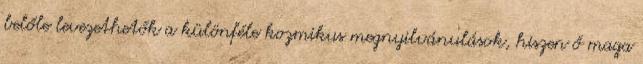
belőle levezethetők a különféle kozmikus megnyilvánulások, hiszen ő maga